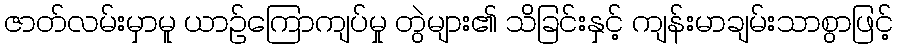
ဇာတ်လမ်းမှာမူ ယာဉ်ကြောကျပ်မှု တွဲများ၏ သိခြင်းနှင့် ကျန်းမာချမ်းသာစွာဖြင့်